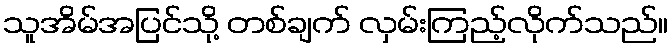
သူအိမ်အပြင်သို့ တစ်ချက် လှမ်းကြည့်လိုက်သည်။